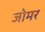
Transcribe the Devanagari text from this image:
जोमर